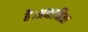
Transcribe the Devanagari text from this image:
है।अनामिका